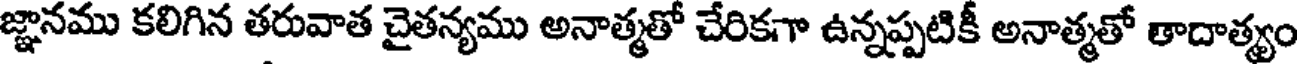
జ్ఞానము కలిగిన తరువాత చైతన్యము అనాత్మతో చేరికగా ఉన్నప్పటికీ అనాత్మతో తాదాత్యం